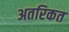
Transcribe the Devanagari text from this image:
अतरिकत